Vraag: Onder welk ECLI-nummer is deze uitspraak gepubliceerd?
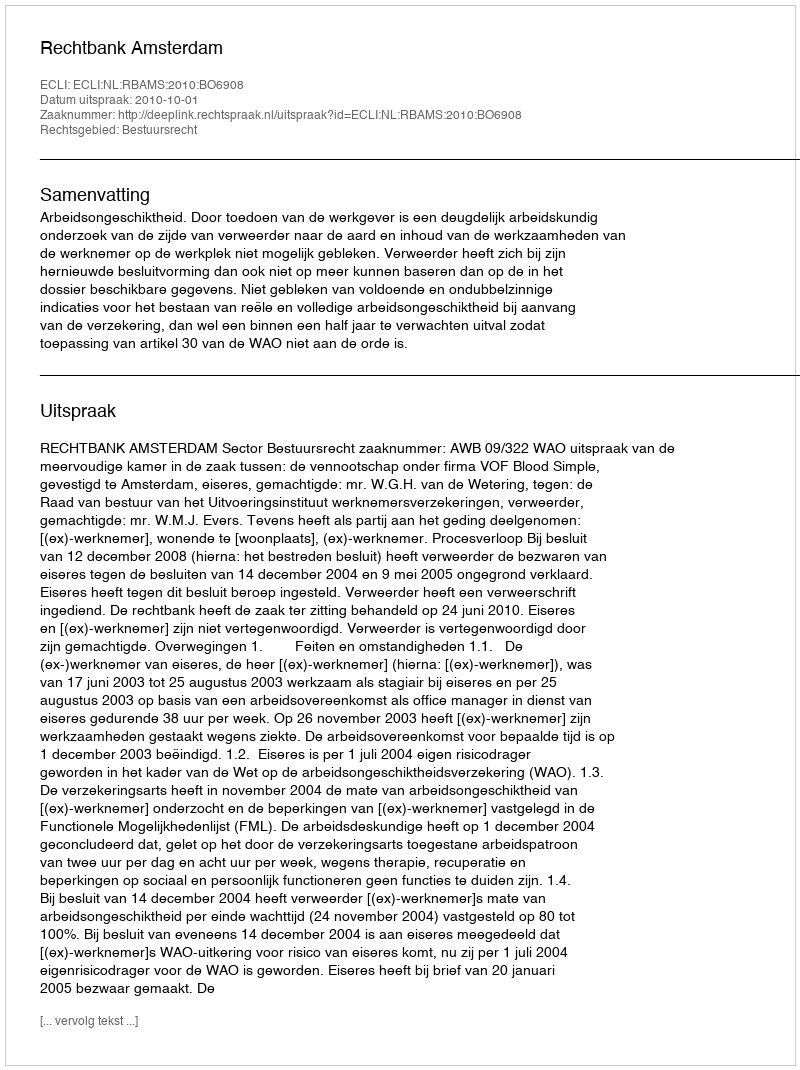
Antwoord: ECLI:NL:RBAMS:2010:BO6908